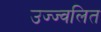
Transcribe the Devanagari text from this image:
उज्ज्वलित